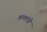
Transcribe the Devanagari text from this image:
श्रममंत्री